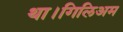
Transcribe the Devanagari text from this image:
था।गिलिअम